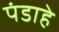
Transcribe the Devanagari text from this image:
पंडाहे